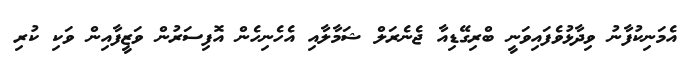
އެމަނިކުފާނު ވިދާޅުވެފައިވަނީ ބްރިގޭޑިއާ ޖެނެރަލް ޝަމާލާއި އެހެނިހެން އޮފިސަރުން ވަޒީފާއިން ވަކި ކުރި